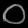
Digit: ၀